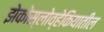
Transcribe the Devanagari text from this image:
झेकोस्लोव्हेकियातील